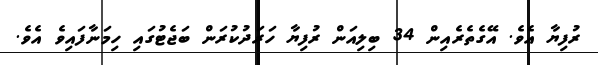
ރުފިޔާ އެވެ. އޭގެތެރެއިން 34 ބިލިއަން ރުފިޔާ ހަރަދުކުރަން ބަޖެޓުގައި ހިމަނާފައިވެ އެވެ.